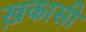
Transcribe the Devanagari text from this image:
ख़कासी